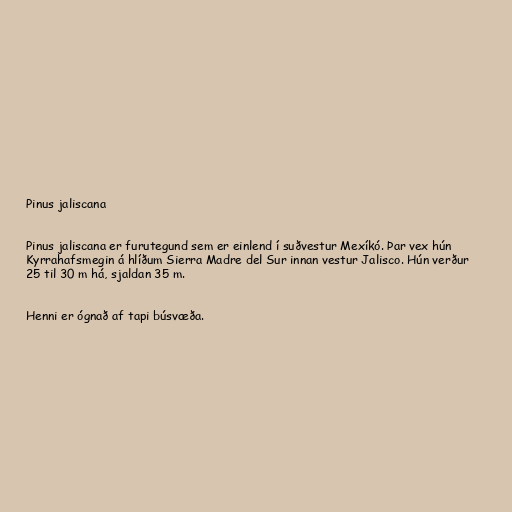
Pinus jaliscana

Pinus jaliscana er furutegund sem er einlend í suðvestur Mexíkó. Þar vex hún
Kyrrahafsmegin á hlíðum Sierra Madre del Sur innan vestur Jalisco. Hún verður
25 til 30 m há, sjaldan 35 m.

Henni er ógnað af tapi búsvæða.